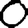
Digit: 0